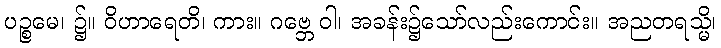
ပဉ္စမေ၊ ၌။ ဝိဟာရေတိ၊ ကား။ ဂဗ္ဘေ ဝါ၊ အခန်း၌သော်လည်းကောင်း။ အညတရသ္မိ၊